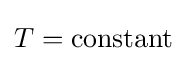
T={\text{constant}}